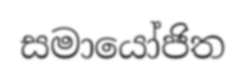
සමායෝජිත